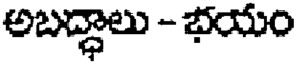
అబద్ధాలు - భయం